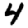
Digit: 4